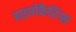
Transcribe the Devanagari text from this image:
हाइपोफैरिंग्स